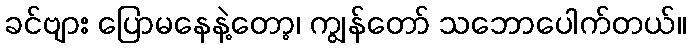
ခင်ဗျား ပြောမနေနဲ့တော့၊ ကျွန်တော် သဘောပေါက်တယ်။